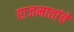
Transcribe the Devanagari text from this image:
राजमातांचे